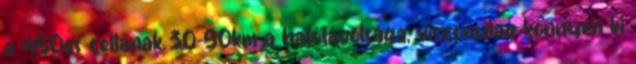
a 450es cellának 30-50km a hatótávolsága, viszonylag könnyen ki